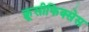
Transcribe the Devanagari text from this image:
क्रूसीफिक्‍सेस